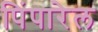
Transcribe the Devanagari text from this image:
पिंपारेल